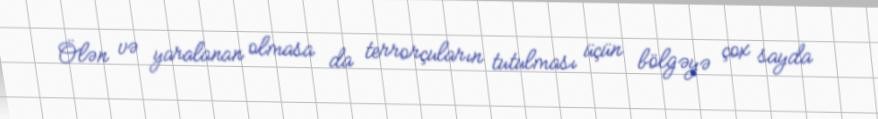
Ölən və yaralanan olmasa da terrorçuların tutulması üçün bölgəyə çox sayda